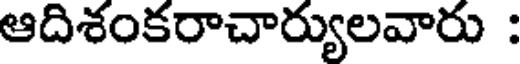
ఆదిశంకరాచార్యులవారు :